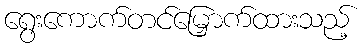
ရွေးကောက်တင်မြှောက်ထားသည့်